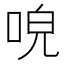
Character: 𠴡